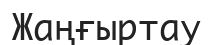
Жаңғыртау